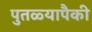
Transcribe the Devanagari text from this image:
पुतळ्यापैकी